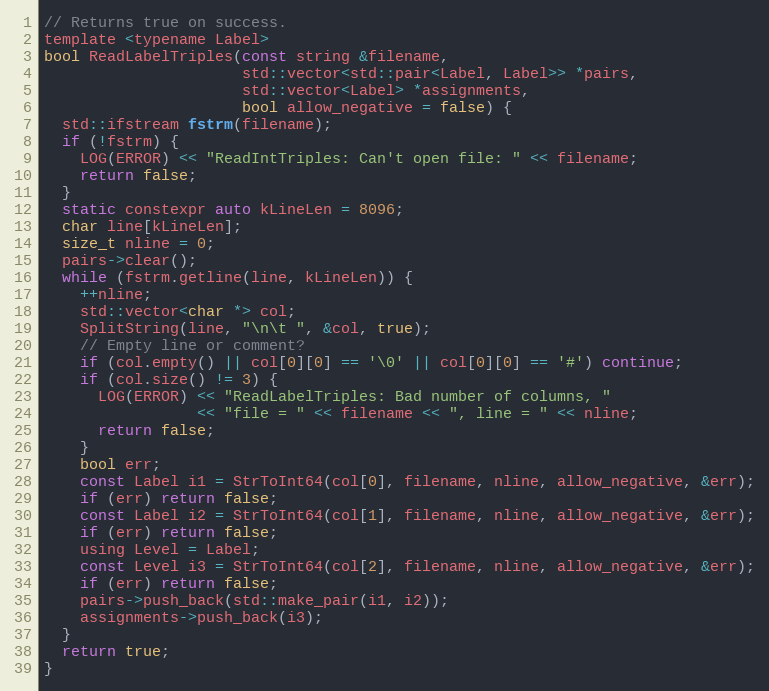
Language: C
// Returns true on success.
template <typename Label>
bool ReadLabelTriples(const string &filename,
                      std::vector<std::pair<Label, Label>> *pairs,
                      std::vector<Label> *assignments,
                      bool allow_negative = false) {
  std::ifstream fstrm(filename);
  if (!fstrm) {
    LOG(ERROR) << "ReadIntTriples: Can't open file: " << filename;
    return false;
  }
  static constexpr auto kLineLen = 8096;
  char line[kLineLen];
  size_t nline = 0;
  pairs->clear();
  while (fstrm.getline(line, kLineLen)) {
    ++nline;
    std::vector<char *> col;
    SplitString(line, "\n\t ", &col, true);
    // Empty line or comment?
    if (col.empty() || col[0][0] == '\0' || col[0][0] == '#') continue;
    if (col.size() != 3) {
      LOG(ERROR) << "ReadLabelTriples: Bad number of columns, "
                 << "file = " << filename << ", line = " << nline;
      return false;
    }
    bool err;
    const Label i1 = StrToInt64(col[0], filename, nline, allow_negative, &err);
    if (err) return false;
    const Label i2 = StrToInt64(col[1], filename, nline, allow_negative, &err);
    if (err) return false;
    using Level = Label;
    const Level i3 = StrToInt64(col[2], filename, nline, allow_negative, &err);
    if (err) return false;
    pairs->push_back(std::make_pair(i1, i2));
    assignments->push_back(i3);
  }
  return true;
}